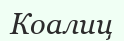
Коалиц